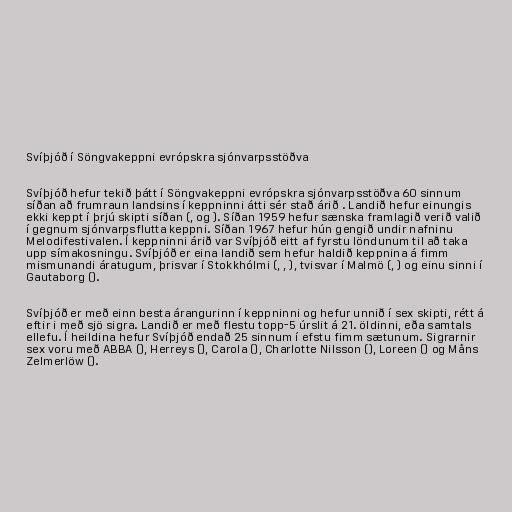
Svíþjóð í Söngvakeppni evrópskra sjónvarpsstöðva

Svíþjóð hefur tekið þátt í Söngvakeppni evrópskra sjónvarpsstöðva 60 sinnum
síðan að frumraun landsins í keppninni átti sér stað árið . Landið hefur einungis
ekki keppt í þrjú skipti síðan (, og ). Síðan 1959 hefur sænska framlagið verið valið
í gegnum sjónvarpsflutta keppni. Síðan 1967 hefur hún gengið undir nafninu
Melodifestivalen. Í keppninni árið var Svíþjóð eitt af fyrstu löndunum til að taka
upp símakosningu. Svíþjóð er eina landið sem hefur haldið keppnina á fimm
mismunandi áratugum, þrisvar í Stokkhólmi (, , ), tvisvar í Malmö (, ) og einu sinni í
Gautaborg ().

Svíþjóð er með einn besta árangurinn í keppninni og hefur unnið í sex skipti, rétt á
eftir i með sjö sigra. Landið er með flestu topp-5 úrslit á 21. öldinni, eða samtals
ellefu. Í heildina hefur Svíþjóð endað 25 sinnum í efstu fimm sætunum. Sigrarnir
sex voru með ABBA (), Herreys (), Carola (), Charlotte Nilsson (), Loreen () og Måns
Zelmerlöw ().